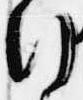
行